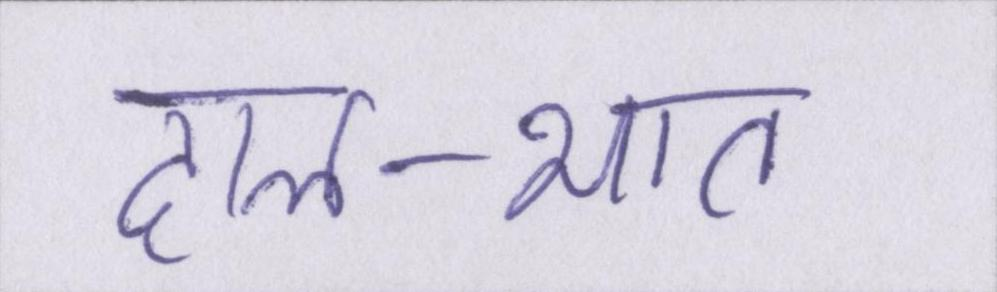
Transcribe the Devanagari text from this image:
दाल-भात